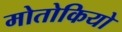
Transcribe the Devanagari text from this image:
मोतोकियो